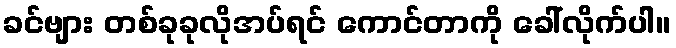
ခင်ဗျား တစ်ခုခုလိုအပ်ရင် ကောင်တာကို ခေါ်လိုက်ပါ။